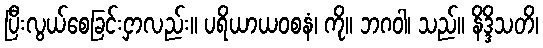
ပြီးလွယ်စေခြင်းငှာလည်း။ ပရိယာယဝစနံ၊ ကို။ ဘဂဝါ၊ သည်။ နိဒ္ဒိသတိ၊